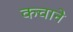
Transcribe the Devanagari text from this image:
कचाने